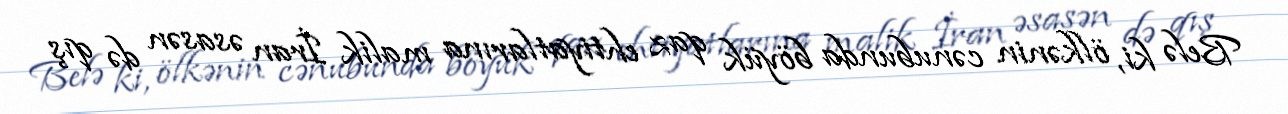
Belə ki, ölkənin cənubunda böyük qaz ehtiyatlarına malik İran əsasən də qış